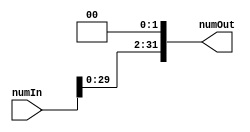
`timescale 1ns / 1ps
//////////////////////////////////////////////////////////////////////////////////
// Company: 
// Engineer: 
// 
// Design Name: 
// Module Name: LeftShiftTwo
// Project Name: 
// Target Devices: 
// Tool Versions: 
// Description: 
// 
// Dependencies: 
// 
// Revision:
// Revision 0.01 - File Created
// Additional Comments:
// 
//////////////////////////////////////////////////////////////////////////////////


module LeftShiftTwo(numIn, numOut);
    input [31:0] numIn;
    output [31:0] numOut;
    reg [31:0] numOut;
    always @(numIn) 
    begin
        numOut <= numIn << 2;
    end
endmodule